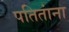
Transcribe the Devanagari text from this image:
पतितांना